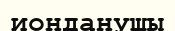
ионданушы